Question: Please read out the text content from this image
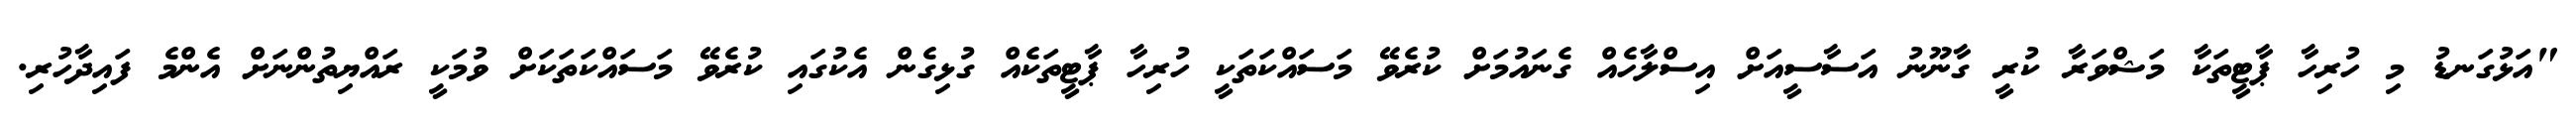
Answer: "އަޅުގަނޑު މި ހުރިހާ ޕާޓީތަކާ މަޝްވަރާ ކުރީ ގާނޫނު އަސާސީއަށް އިސްލާހެއް ގެނައުމަށް ކުރެވޭ މަސައްކަތަކީ ހުރިހާ ޕާޓީތަކެއް ގުޅިގެން އެކުގައި ކުރެވޭ މަސައްކަތަކަށް ވުމަކީ ރައްޔިތުންނަށް އެންމެ ފައިދާހުރި.